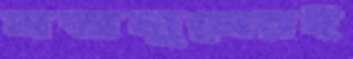
মজলুমেরই